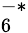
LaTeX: _{6}^{-*}